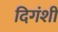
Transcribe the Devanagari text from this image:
दिगंशी